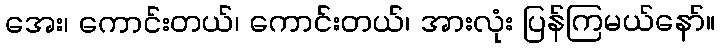
အေး၊ ကောင်းတယ်၊ ကောင်းတယ်၊ အားလုံး ပြန်ကြမယ်နော်။